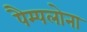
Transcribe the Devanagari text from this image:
पैम्पलोना